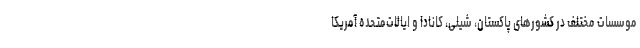
موسسات مختلف در کشورهای پاکستان، شیلی، کانادا و ایالات‌متحده آمریکا